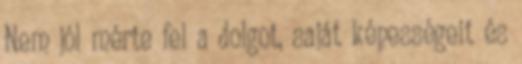
Nem jól mérte fel a dolgot, saját képességeit és